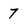
Character: 7